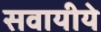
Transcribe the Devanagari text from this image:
सवायीये